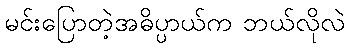
မင်းပြောတဲ့အဓိပ္ပာယ်က ဘယ်လိုလဲ